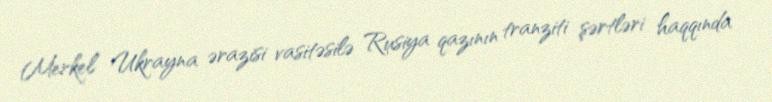
Merkel Ukrayna ərazisi vasitəsilə Rusiya qazının tranziti şərtləri haqqında